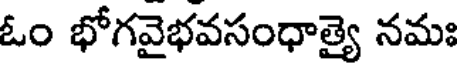
ఓం భోగవైభవసంధాత్యై నమః